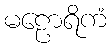
မဠောရိကံ